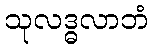
သုလဒ္ဓလာဘံ